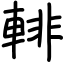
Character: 輫